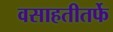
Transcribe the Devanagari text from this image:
वसाहतीतर्फे